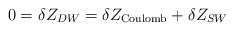
\begin{align*}0 = \delta Z_{DW} = \delta Z_{\rm Coulomb} + \delta Z_{SW}\end{align*}